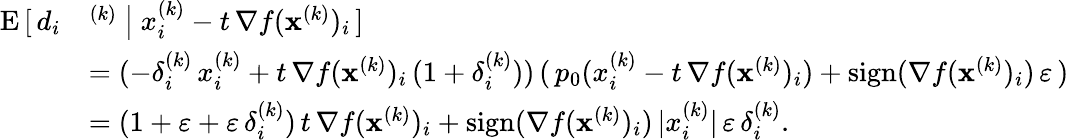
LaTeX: \begin{array}{rl}{\mathrm{E}\, [\, d_{i}}&{^{(k)}\ \big\vert\ x_{i}^{(k)}-t\, \nabla f(\mathbf{x}^{(k)})_{i}\, ]}\\ &{=(-\delta_{i}^{(k)}\, x_{i}^{(k)}+t\, \nabla f(\mathbf{x}^{(k)})_{i}\, (1+\delta_{i}^{(k)}))\, (\, p_{0}(x_{i}^{(k)}-t\, \nabla f(\mathbf{x}^{(k)})_{i})+\mathrm{sign}(\nabla f(\mathbf{x}^{(k)})_{i})\, \varepsilon\, )}\\ &{=(1+\varepsilon+\varepsilon\, \delta_{i}^{(k)})\, t\, \nabla f(\mathbf{x}^{(k)})_{i}+\mathrm{sign}(\nabla f(\mathbf{x}^{(k)})_{i})\, \vert x_{i}^{(k)}\vert\, \varepsilon\, \delta_{i}^{(k)}.}\end{array}